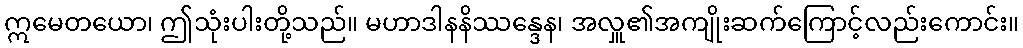
ဣမေတယော၊ ဤသုံးပါးတို့သည်။ မဟာဒါနနိဿန္ဒေန၊ အလှူ၏အကျိုးဆက်ကြောင့်လည်းကောင်း။